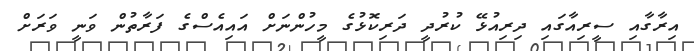
އިރާގާއި ސީރިއާގައި ދިރިއުޅޭ ކުރުދީ ދަރިކޮޅުގެ މީހުންނަށް އައިއެސްގެ ފަރާތުން ވަނީ ވަރަށް